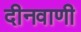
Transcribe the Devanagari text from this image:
दीनवाणी